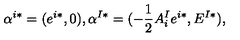
\alpha ^ { i * } = ( e ^ { i * } , 0 ) , \alpha ^ { I * } = ( - { \frac { 1 } { 2 } } A _ { i } ^ { I } e ^ { i * } , E ^ { I * } ) ,